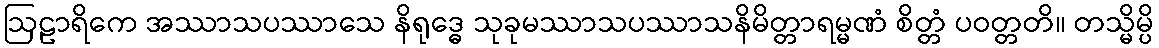
ဩဠာရိကေ အဿာသပဿာသေ နိရုဒ္ဓေ သုခုမဿာသပဿာသနိမိတ္တာရမ္မဏံ စိတ္တံ ပဝတ္တတိ။ တသ္မိမ္ပိ